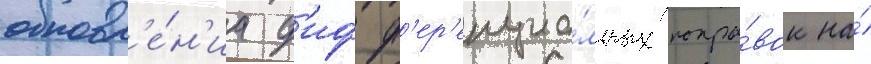
обновл'е́н'иа д'ифф'ер'енциа́льных попра́вок на́